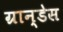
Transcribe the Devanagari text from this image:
ग्रान्डेस